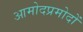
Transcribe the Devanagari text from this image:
आमोदप्रमोदों